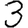
Digit: 3